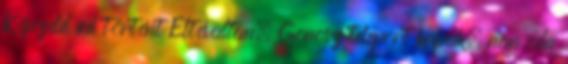
Képzeld mi történt Eltévedtem. Gonosz teleport kapuk, nem oda